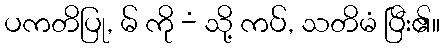
ပကတိပြု, မ် ကို -ံ သို့ ကပ်, သတိမံ ပြီး၏။